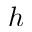
h